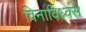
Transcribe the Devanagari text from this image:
विनाविध्वंस